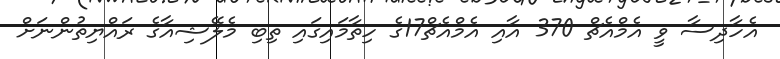
އެހާދިސާ ވީ އެމްއެޗް 370 އާއި އެމްއެޗް17ގެ ހިތާމައިގައި ތިބި މެލޭޝިއާގެ ރައްޔިތުންނަށް